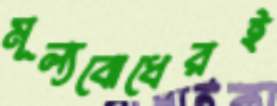
মূল্যবোধেরই